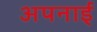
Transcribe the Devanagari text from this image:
अपनाईं